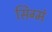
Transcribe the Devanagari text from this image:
सिग्मं